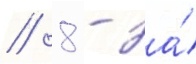
/ 8 - за́